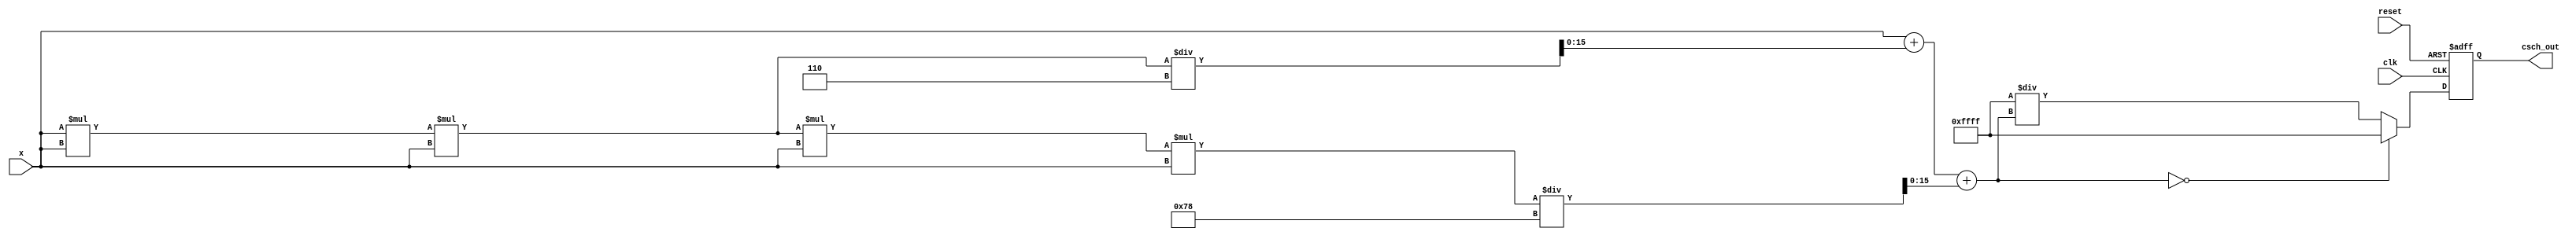
module csch (
    input  wire [15:0] x,          // Input fixed-point value
    output reg  [15:0] csch_out,   // Output fixed-point value
    input  wire clk,                // Clock signal
    input  wire reset               // Reset signal
);

    reg [15:0] sinh_out;            // Intermediate value for sinh

    // Function to compute sinh using Taylor series approximation
    function [15:0] sinh;
        input [15:0] x;
        begin
            // Taylor series: sinh(x) = x + x^3/6 + x^5/120 + ...
            sinh = x; // 1st term
            sinh = sinh + (x * x * x) / 6; // 2nd term
            sinh = sinh + (x * x * x * x * x) / 120; // 3rd term
        end
    endfunction

    // Function to compute the reciprocal
    function [15:0] reciprocal;
        input [15:0] value;
        begin
            // Avoid division by zero
            if (value == 0) begin
                reciprocal = 16'hFFFF; // Return maximum value for error
            end else begin
                reciprocal = 16'hFFFF / value; // Simple reciprocal, can be improved
            end
        end
    endfunction

    always @(posedge clk or posedge reset) begin
        if (reset) begin
            csch_out <= 0;
        end else begin
            sinh_out = sinh(x);      // Calculate sinh(x)
            csch_out = reciprocal(sinh_out); // Calculate csch(x) = 1/sinh(x)
        end
    end

endmodule